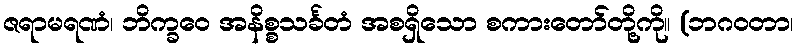
ဇရာမရဏံ၊ ဘိက္ခဝေ အနိစ္စသင်္ခတံ အစရှိသော စကားတော်တို့ကို။ (ဘဂဝတာ၊